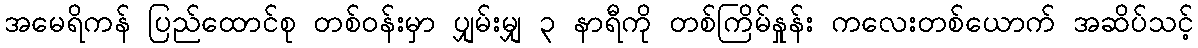
အမေရိကန် ပြည်ထောင်စု တစ်ဝန်းမှာ ပျှမ်းမျှ ၃ နာရီကို တစ်ကြိမ်နှုန်း ကလေးတစ်ယောက် အဆိပ်သင့်